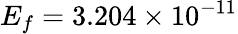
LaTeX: E_{f}=3.204\times 10^{-11}